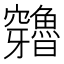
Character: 𥩍